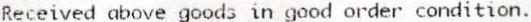
RECEIVED ABOVE GOODS IN GOOD ORDER CONDITION.